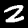
Label: 2